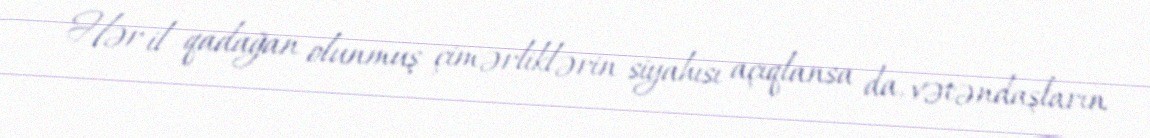
Hər il qadağan olunmuş çimərliklərin siyahısı açıqlansa da, vətəndaşların